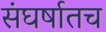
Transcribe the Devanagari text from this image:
संघर्षातच